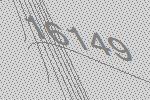
16149